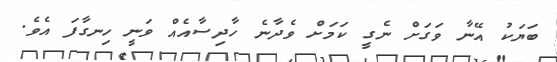
ބަޔަކު އޭނާ ވަގަށް ނެގީ ކަމަށް ވެދާނެ ހާދިސާއެއް ވަނީ ހިނގާފަ އެވެ.